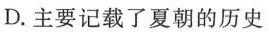
D.主要记载了夏朝的历史